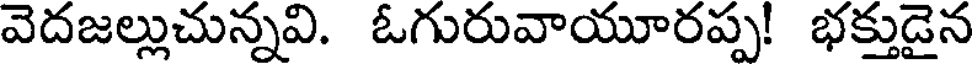
వెదజల్లుచున్నవి. ఓగురువాయూరప్ప! భక్తుడైన